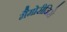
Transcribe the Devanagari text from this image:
मैमोरीजिसे